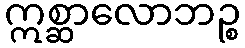
ဣစ္ဆာလောဘဉ္စ